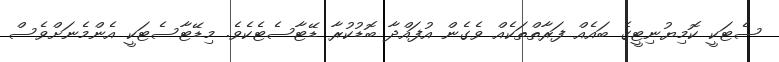
ސެޓަކީ ކޮމިޔުނިޓީގެ ބައެއް ފަރާތްތަކެއް ވެގެން އުފައްދާ ބޮޑުކުރާ ޑޭޓާސެޓެކެވެ. މިޑޭޓާސެޓަކީ އެންމެނަށްވެސް